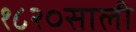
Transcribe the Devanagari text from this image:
१८२०साली